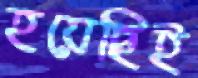
হয়েছিই